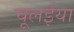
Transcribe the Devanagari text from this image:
चूलईया